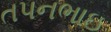
તપનભાઇ